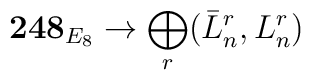
{\bf 248}_{E_8}\rightarrow \bigoplus_r (\bar{L}_n^r,L_n^r)